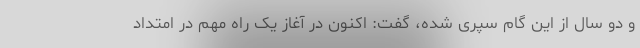
و دو سال از این گام سپری شده، گفت: اکنون در آغاز یک راه مهم در امتداد